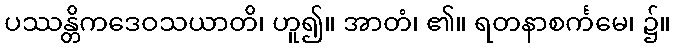
ပဿန္တိကဒေဝသယာတိ၊ ဟူ၍။ အာတံ၊ ၏။ ရတနာစင်္ကမေ၊ ၌။